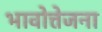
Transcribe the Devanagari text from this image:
भावोत्तेजना